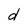
Character: d